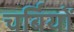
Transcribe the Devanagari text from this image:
चर्बियों